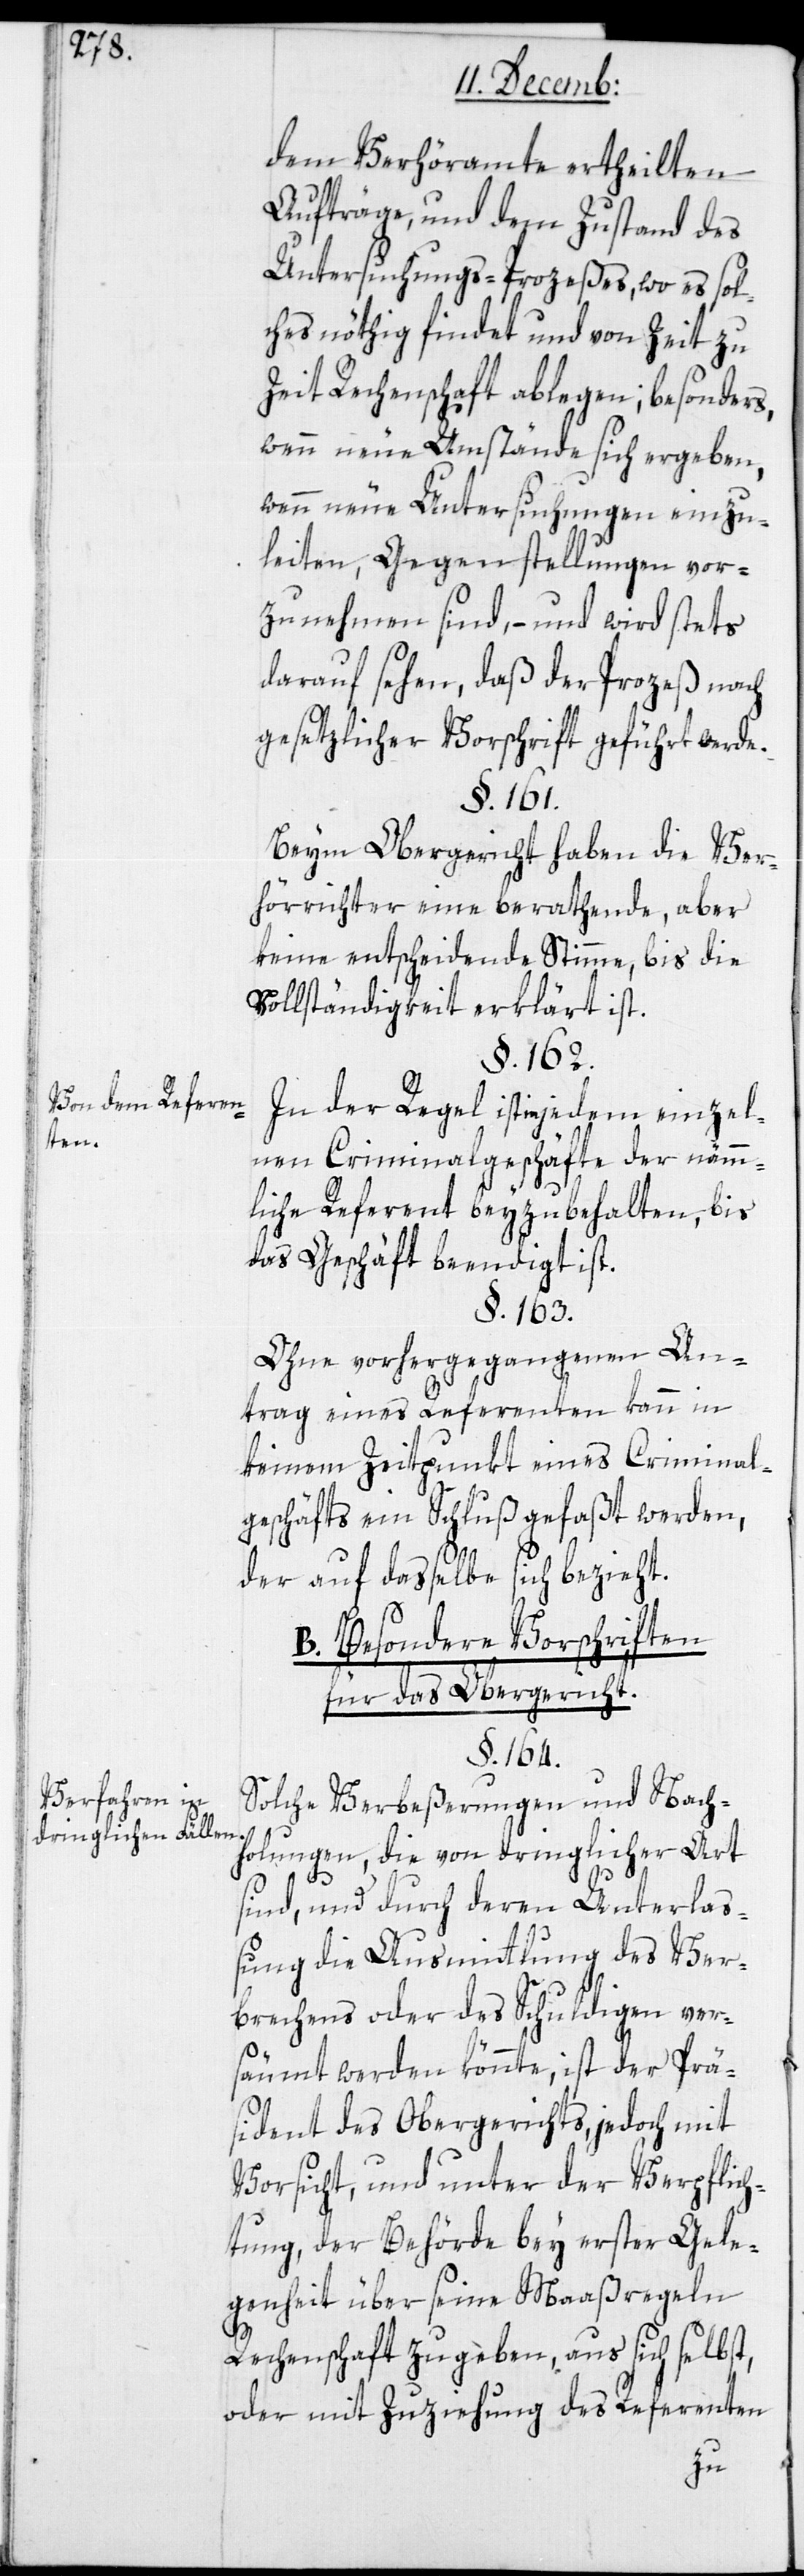
Von dem Referen¬
ten.
Verfahren in
dringlichen Fällen.

dem Verhöramte ertheilten
Aufträge, und dem Zustand des
Untersuchungs-Prozeßes, wo es sol¬
ches nöthig findet und von Zeit zu
Zeit Rechenschaft ablegen; besonders
wenn neue Umstände sich ergeben,
wenn neue Untersuchungen einzu¬
leiten, Gegenstellungen vor¬
zunehmen sind, – und wird stets
darauf sehen, daß der Prozeß nach
gesetzlicher Vorschrift geführt werde.
§. 161.
Beim Obergericht haben die Ver¬
hörrichter eine berathende, aber
keine entscheidende Stimme, bis die
Vollständigkeit erklärt ist.
§. 162.
In der Regel ist in jedem einzel¬
nen Criminalgeschäfte der nämm¬
liche Referent beyzubehalten, bis
das Geschäft beendigt ist.
§. 163.
Ohne vorhergegangenen An¬
trag eines Referenten kann in
keinem Zeitpunkt eines Criminal¬
geschäfts ein Schluß gefaßt werden,
der auf daßelbe sich bezieht.
B. Besondere Vorschriften
für das Obergericht.
§. 164.
Solche Verbeßerungen und Nach¬
holungen, die von dringlicher Art
sind, und durch deren Unterlaß¬
ung die Ausmittlung des Ver¬
brechens oder des Schuldigen ver¬
säumt werden könnte, ist der Prä¬
sident des Obergerichts, jedoch mit
Vorsicht, und unter der Verpflich¬
tung, der Behörde bey erster Gele¬
genheit über seine Maaßregeln
Rechenschaft zu geben, aus sich selbst,
oder mit Zuziehung des Referenten